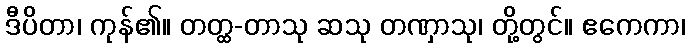
ဒီပိတာ၊ ကုန်၏။ တတ္ထ-တာသု ဆသု တဏှာသု၊ တို့တွင်။ ဧကေကာ၊